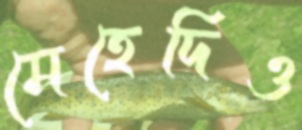
মেহেদিও